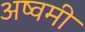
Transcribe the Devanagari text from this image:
अष्वमी